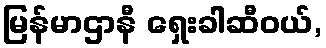
မြန်မာဌာနီ ရှေးခါဆီဝယ်,